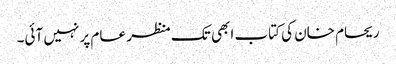
ریحام خان کی کتاب ابھی تک منظر عام پر نہیں آئی۔